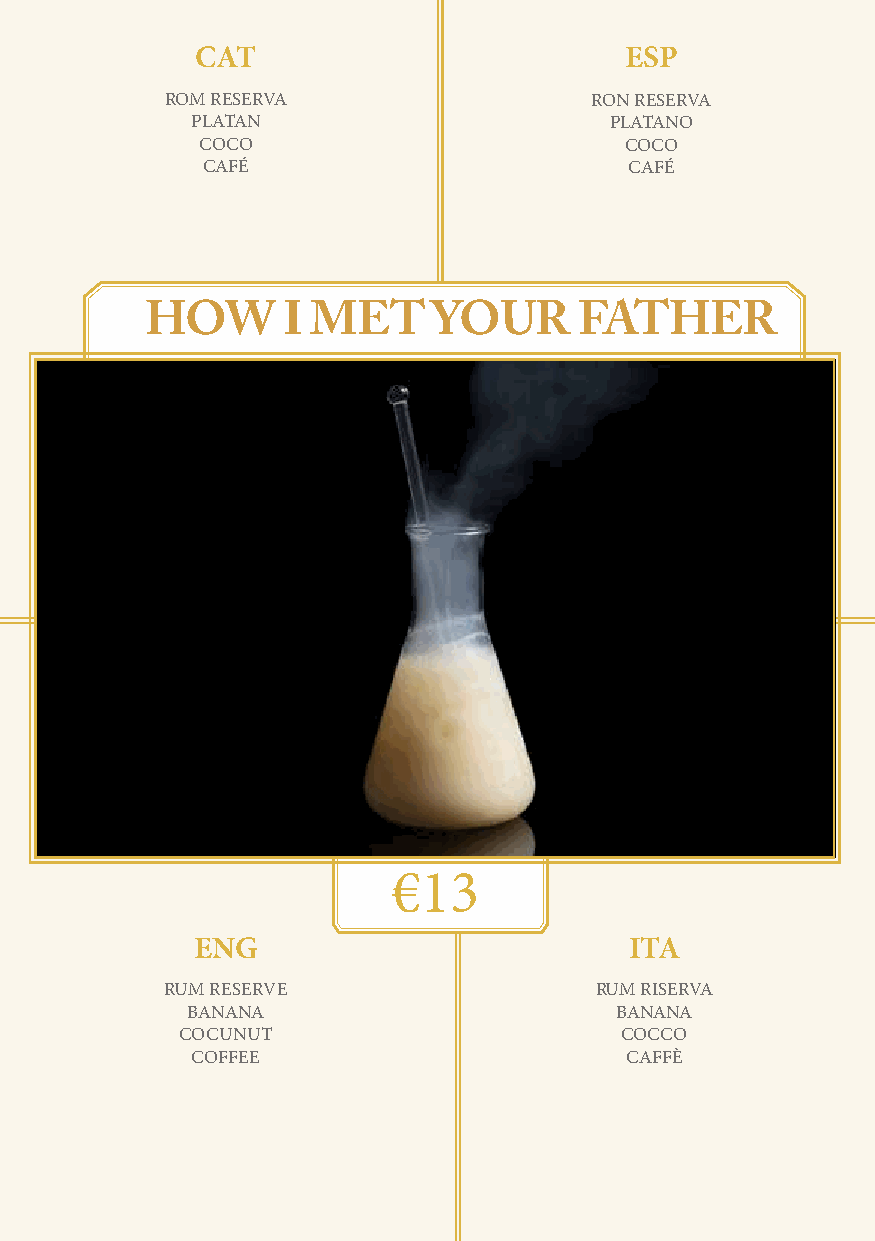
CAT                         ESP
 ROM RESERVA                 RON RESERVA
 PLATAN                     PLATANO
 COCO                        COCO
 CAFÉ                         CAFÉ
 HOW      I MET     YOUR     FATHER                                    HEMMY
 €13
 ENG                          ITA
 RUM RESERVE                 RUM RISERVA
 BANANA                       BANANA
 COCUNUT                      COCCO
 COFFEE                      CAFFÈ